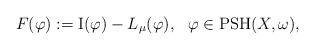
LaTeX: \begin{align*}F(\varphi) := {\rm I}(\varphi) -L_{\mu}(\varphi), \ \ \varphi \in \textup{PSH}(X,\omega),\end{align*}